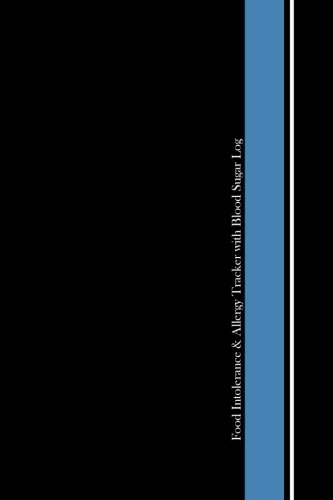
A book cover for Food Intolerance & Allergy Tracker with Blood Sugar Log: (A Food Journal/Diary for Diabetics to Track Food Intolerances and Allergies); I. S. Anderson; Calendars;